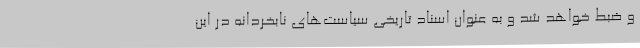
و ضبط خواهد شد و به عنوان اسناد تاریخی سیاست‌های نابخردانه در این